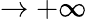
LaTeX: \rightarrow+\infty